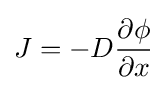
{\bigg .}J=-D{\frac {\partial \phi }{\partial x}}{\bigg .}